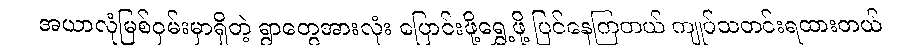
အယာလုံမြစ်ဝှမ်းမှာရှိတဲ့ ရွာတွေအားလုံး ပြောင်းဖို့ရွှေ့ဖို့ ပြင်နေကြတယ် ကျုပ်သတင်းရထားတယ်